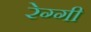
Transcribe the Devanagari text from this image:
रेग्गी